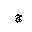
Letter: _gim